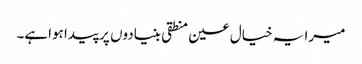
میرا یہ خیال عین منطقی بنیادوں پر پیدا ہواہے۔